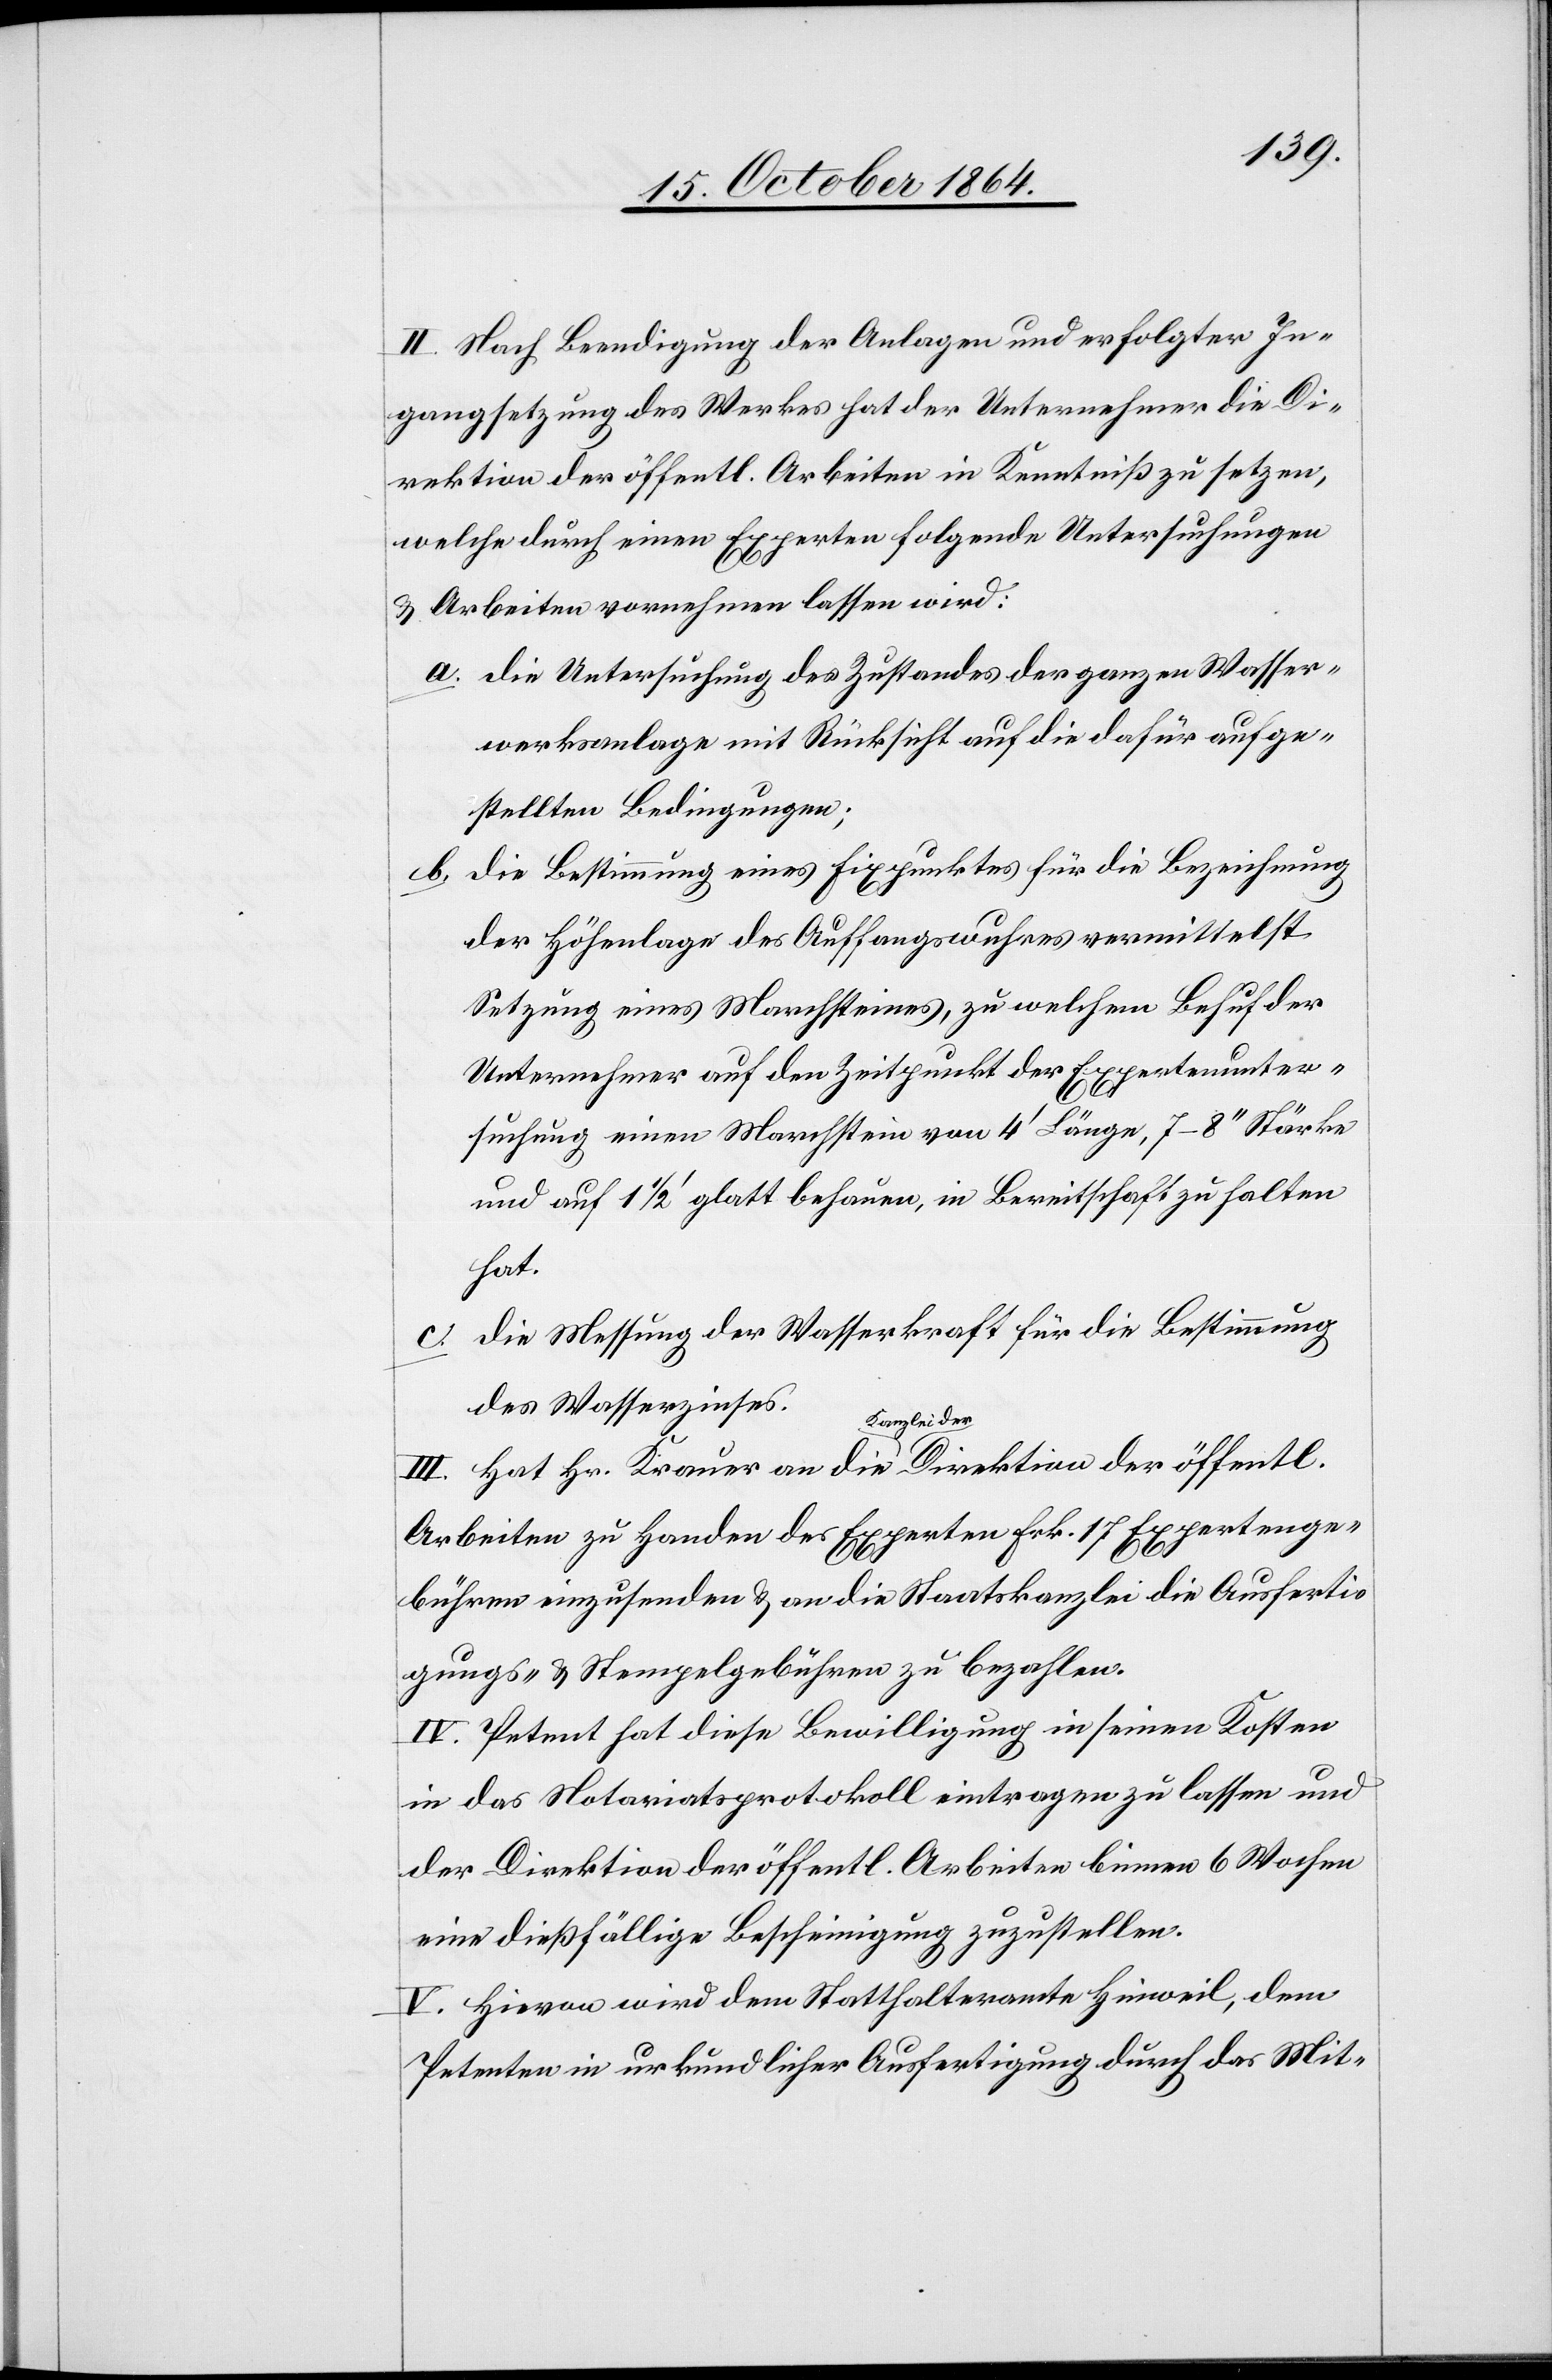
II. Nach Beendigung der Anlagen und erfolgter In¬
gangsetzung des Werkes hat der Unternehmer die Di¬
rektion der öffentl. Arbeiten in Kenntniß zu setzten,
welche durch einen Experten folgende Untersuchungen
& Arbeiten vornehmen lassen wird:
a. Die Untersuchung des Zustandes der ganzen Wasser¬
werksanlage mit Rücksicht auf die dafür aufge¬
stellten Bedingungen.
b. Die Bestimmung eines Fixpunktes für die Bezeichnung
der Höhenlage des Auffangswuhres vermittelst
Setzung eines Marchsteines, zu welchem Behuf der
Unternehmer auf den Zeitpunkt der Expertenunter¬
suchung einen Marchstein von 4’ Länge, 7–8’’ Stärke
und auf 1 1/2’ glatt behauten, in Bereitschaft zu halten
hat.
c. Die Messung der Wasserkraft für die Bestimmung
des Wasserzinses.
rektion der
Arbeiten zu Handen des Experten Frk. 17 Expertenge¬
bühren einzusenden & an die Staatskanzlei die Ausferti¬
gungs- & Stempelgebühren zu bezahlen.
IV. Petent hat diese Bewilligung in seinen Kosten
in das Notariatsprotokoll eintragen zu lassen und
der Direktion der öffentl. Arbeiten binnen 6 Wochen
eine dießfällige Bescheinigung zuzustellen.
V. Hievon wird dem Statthalteramte Hinweil, dem
Petenten in urkundlicher Ausfertigung durch das Mit-